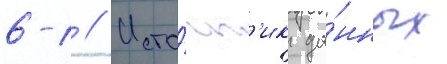
6-1 // Исто́чн'ик да́нных